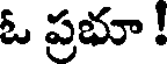
ఓ ప్రభూ !